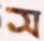
স